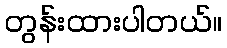
တွန်းထားပါတယ်။